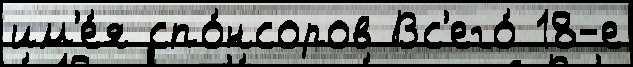
им'е́я спо́нсоров Вс'его́ 18-е